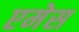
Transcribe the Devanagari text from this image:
एमेस